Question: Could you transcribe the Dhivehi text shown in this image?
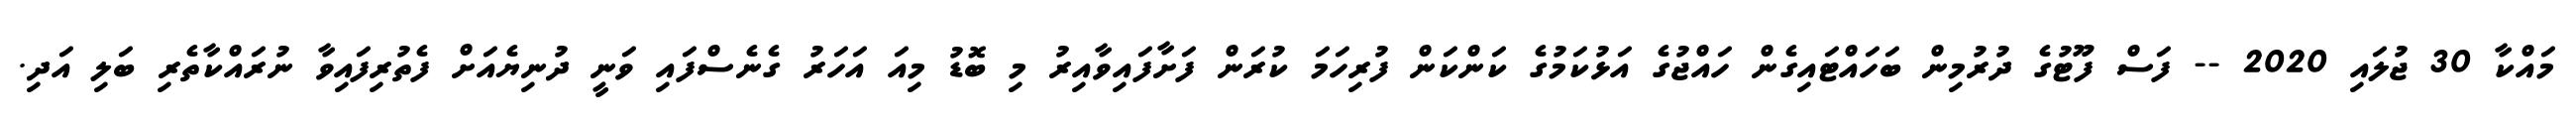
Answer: މައްކާ 30 ޖުލައި 2020 -- ފަސް ފޫޓުގެ ދުރުމިން ބަހައްޓައިގެން ހައްޖުގެ އަޅުކަމުގެ ކަންކަން ފުރިހަމަ ކުރަން ފަށާފައިވާއިރު މި ބޮޑު މިއަ އަހަރު ގެނެސްފައި ވަނީ ދުނިޔެއަށް ފެތުރިފައިވާ ނުރައްކާތެރި ބަލި އަދި.